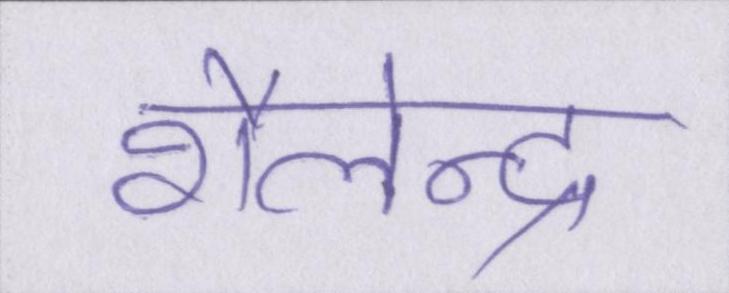
शैलेन्द्र